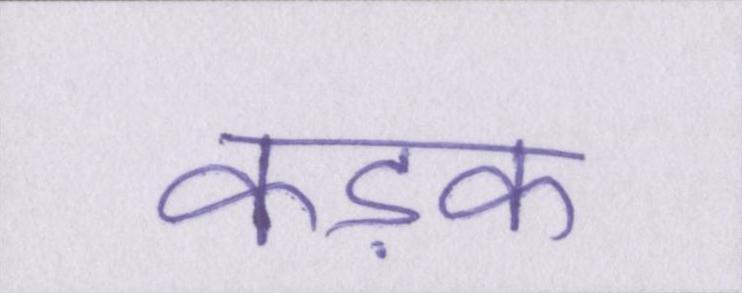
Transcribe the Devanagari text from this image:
कड़क